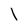
Character: l